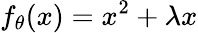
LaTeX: f_{\theta}(x)=x^{2}+\lambda x